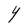
Character: Y